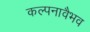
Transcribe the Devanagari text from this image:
कल्पनावैभव